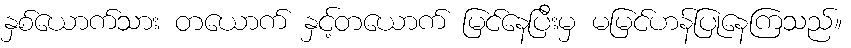
နှစ်ယောက်သား တယောက် နှင့်တယောက် မြင်နေပြီးမှ မမြင်ဟန်ပြုနေကြသည်။